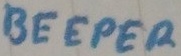
Text: BEEPER